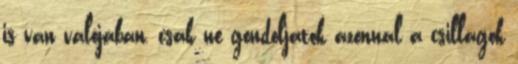
is van valójában, csak ne gondoljatok azonnal a csillagok